Report on vaccination in Madras 1922-1929 - 1922-1929
Year: 1922
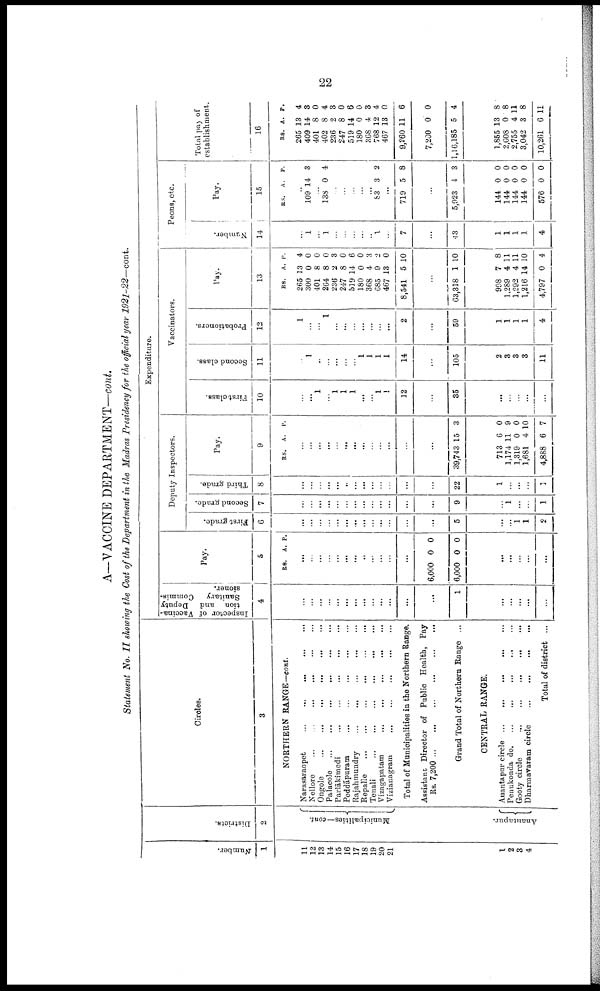
22
A—VACCINE DEPARTMENT—cont.
Statement No. II showing the Cost of the Department in the Madras Presidency for the official year 1921-22—cont.
Number.
1
11
12
13
14
15
16
17
18
19
20
21
1
2
3
4
Districts.
2
Municipalities—cont.
Anantapur.
Circles.
3
NORTHERN RANGE— cont.
Narasaraopet...
...
...
...
Nellore
...
...
...
...
Ongole...
...
...
...
Palacole...
...
...
...
Parlākimedi
...
...
...
...
Peddāpuram...
...
...
Rajahmundry...
...
...
Repalle...
...
...
Tenali...
...
...
Vizagapatam
...
...
...
...
...
Vizianagram...
...
...
Total of Municipalities in the Northern Range.
Assistant Director of Public Health, Pay
Rs.
7,200...
...
...
...
Grand Total of Northern Range ...
CENTRAL RANGE.
Anantapur circle...
...
...
...
...
...
Penukonda d
o
. ... ... ... ...
Gooty
circle...
...
...
...
Dharmavaram
circle...
...
...
...
Total of district ...
Expenditure.
I nspector of Vaccina
tion and Deputy
Sanitary Commis
sioner.
4
...
...
...
...
...
...
...
...
...
...
...
...
...
1
...
...
...
...
...
Pay.
5
RS. A. P.
...
...
...
...
...
...
...
...
...
...
...
...
6,000
6,000
0
0
0
0
...
...
...
...
...
Deputy Inspectors.
First grade.
6
...
...
...
...
...
...
...
...
...
...
...
...
...
5
...
...
1
1
2
Second grade.
7
...
...
...
...
...
...
...
...
...
...
...
...
...
9
...
1
...
...
1
Third grade.
8
...
...
...
...
...
...
...
...
...
...
...
...
...
22
1
...
...
...
1
Pay.
9
RS. A. P.
...
...
...
...
...
...
...
...
...
...
...
...
...
39,743 15 3
713
1,174
1,319
1,681
4,888
6
11
0
4
6
0
9
0
10
7
Vaccinators.
First class.
10
...
...
1
...
1
1
1
...
...
1
1
12
...
35
...
...
...
...
...
Second class.
11
...
1
..
...
...
...
...
1
1
1
1
14
...
105
2
3
3
3
11
Probationers.
l2
1
...
...
1
...
...
...
...
...
...
...
2
...
59
1
1
1
1
4
Pay.
13
RS.
265
300
401
264
236
247
519
180
368
685
467
8,541
A.
13
0
8
8
2
8
14
0
4
9
13
5
P.
4
0
0
0
3
0
6
0
3
2
0
10
...
63,318 1 10
998
1,289
1,292
1,216
4,797
7
4
4
14
0
8
11
11
10
4
Peons, etc.
Number.
14
...
1
...
1
...
...
...
...
...
1
...
7
...
43
1
1
1
1
4
Pay.
15
RS. A. P.
...
109 14 3
...
138 0 4
...
...
...
...
...
83 3 2
...
719 5 8
...
5,923 4 3
144
144
144
144
576
0
0
0
0
0
0
0
0
0
0
Total pay of
establishment.
16
RS.
265
409
401
402
236
247
519
180
368
768
467
9,260
7,200
1,16,185
A.
13
14
8
8
2
8
14
0
4
12
13
11
0
5
P.
4
3
0
4
3
0
6
0
3
4
0
6
0
4
1,855
2,608
2,755
3,042
10,261
13
0
4
3
6
8
8
11
8
11